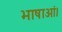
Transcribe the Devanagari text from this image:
भाषाओं।